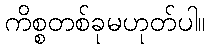
ကိစ္စတစ်ခုမဟုတ်ပါ။